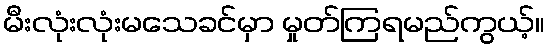
မီးလုံးလုံးမသေခင်မှာ မှုတ်ကြရမည်ကွယ့်။